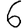
Digit: 6